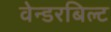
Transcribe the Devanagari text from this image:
वेन्डरबिल्ट